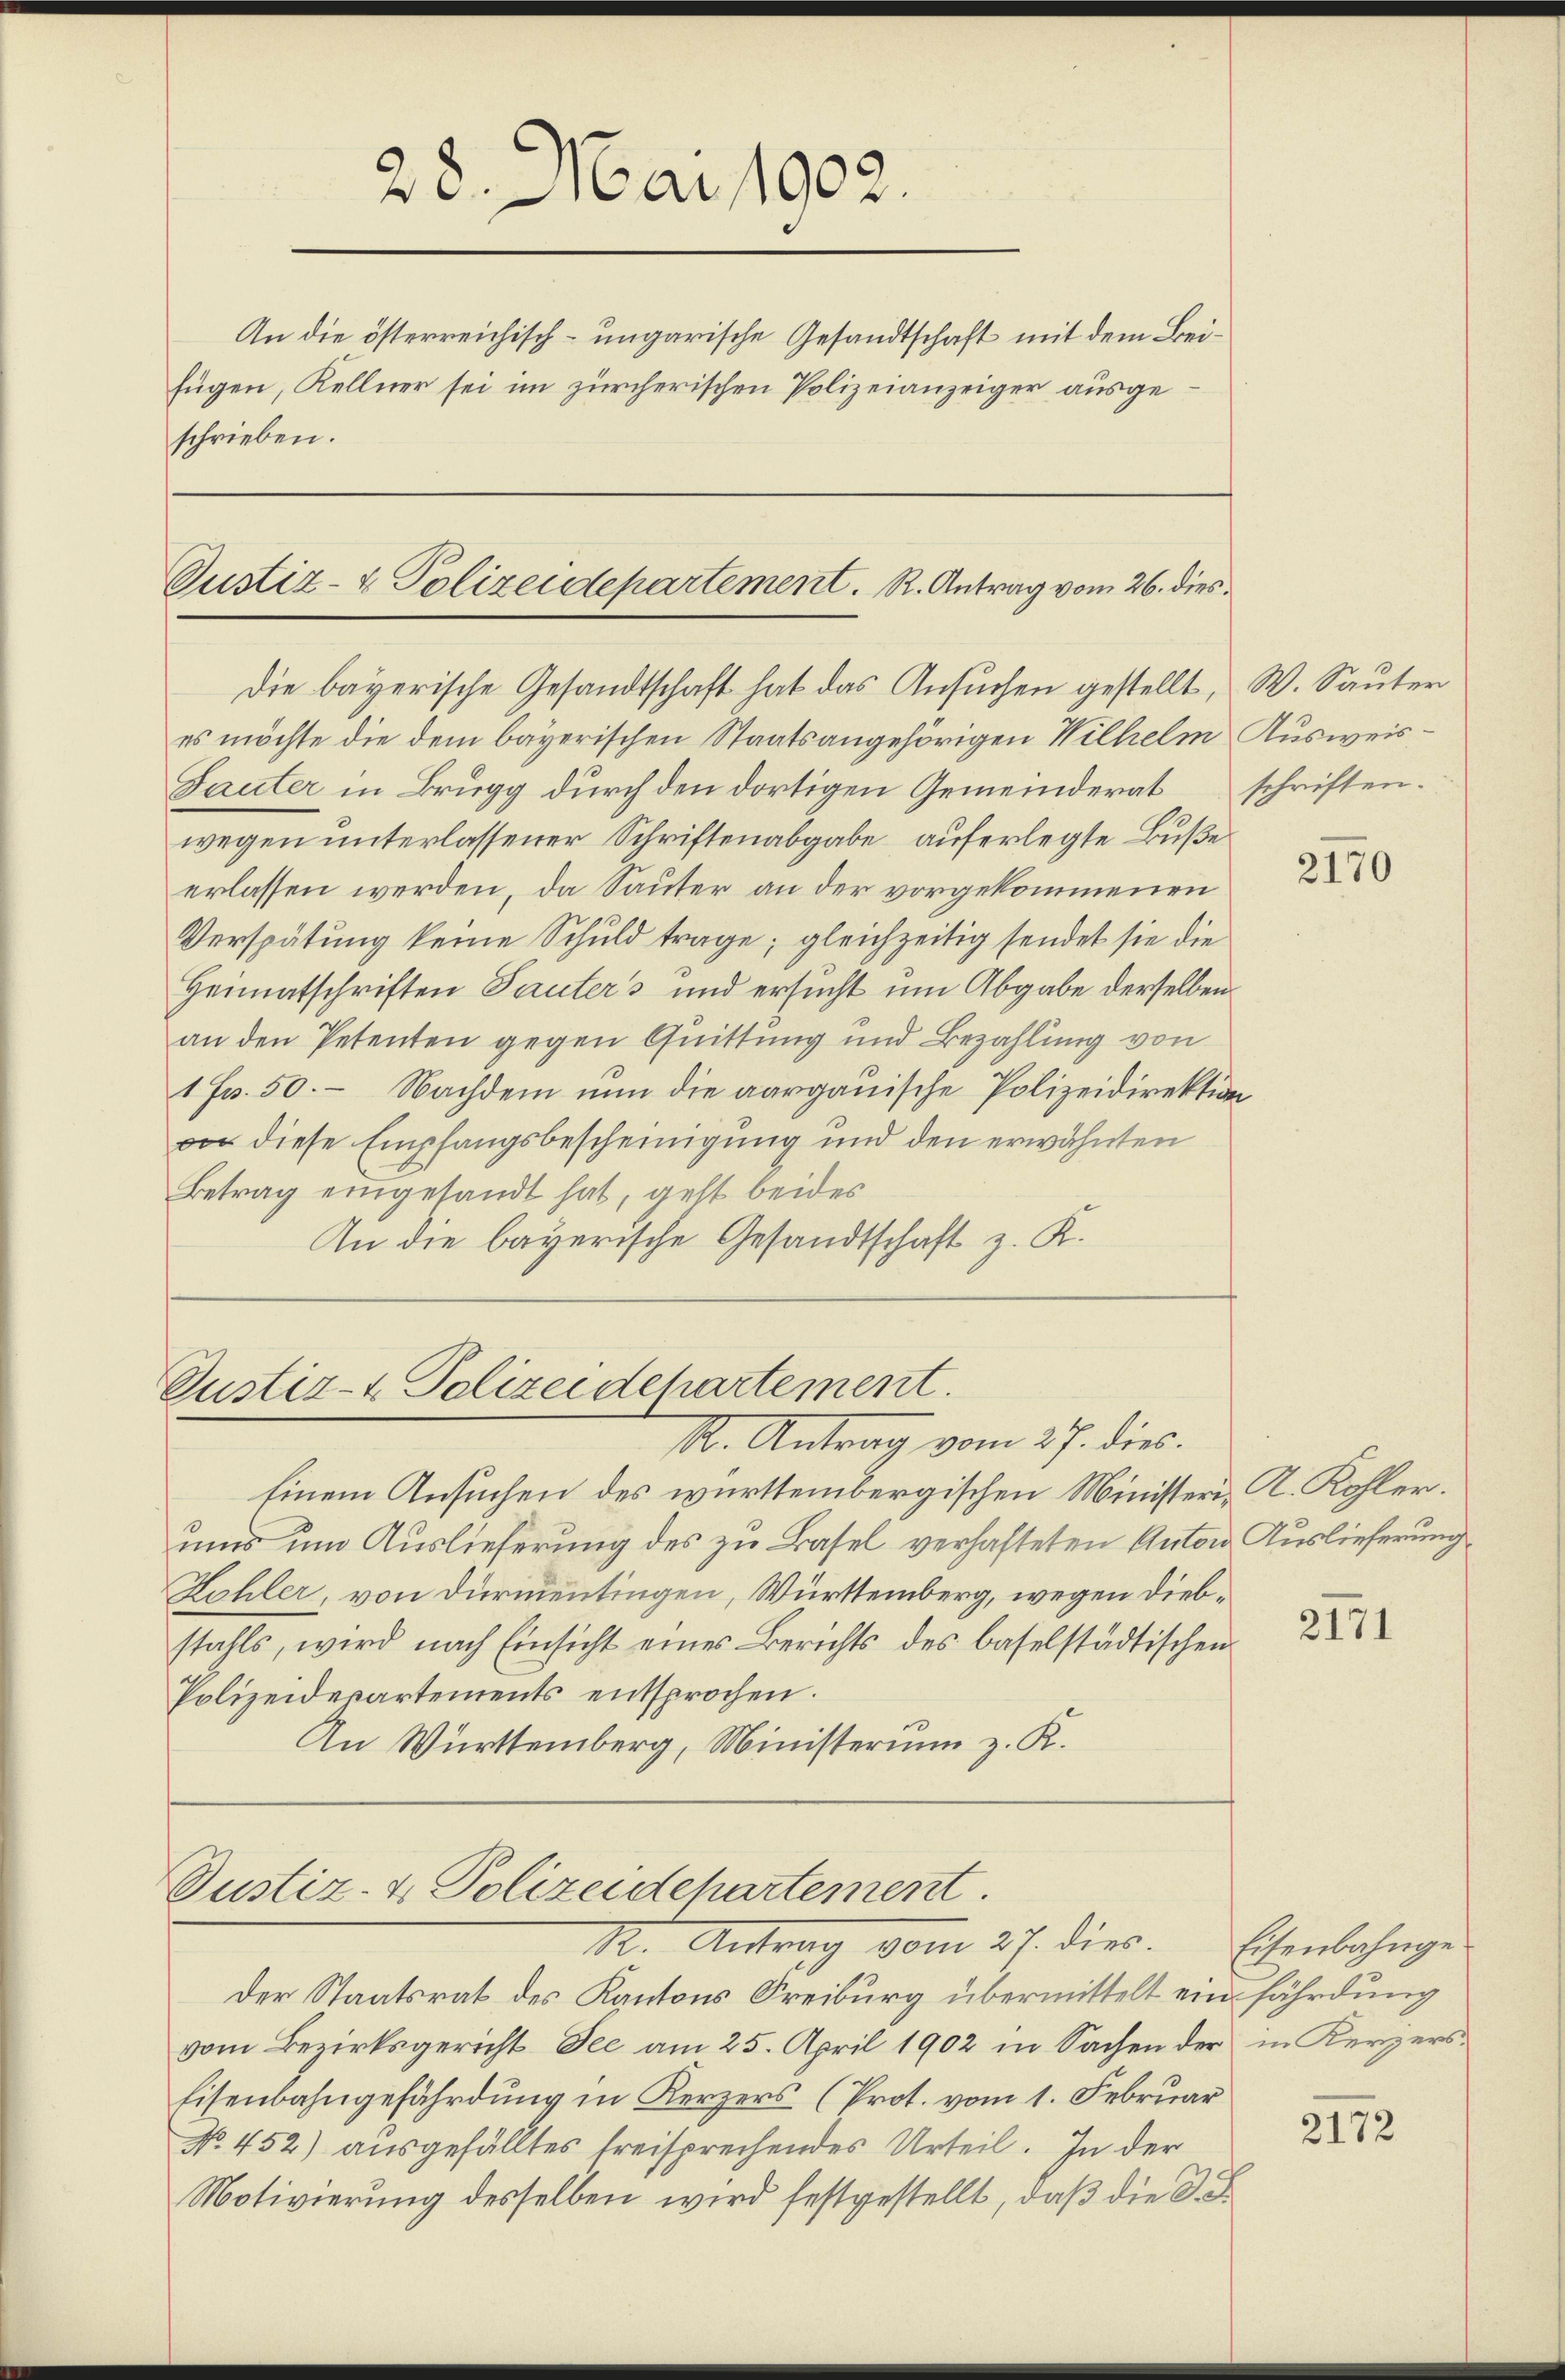
28. Mai 1902.

An die österreichisch-ungarische Gesandtschaft mit dem Beifügen, Kellner sei im zürcherischen Polizeianzeiger ausgeschrieben.

Die bayerische Gesandtschaft hat das Ansuchen gestellt, W. Sauter
es möchte die dem bayerischen Staatsangehörigen Wilhelm Ausweis¬
Tauter in Brugg durch den dortigen Gemeinderat schriften.
wegen unterlassener Schriftenabgabe auferlegte Buße
erlassen werden, da Sauter an der vorgekommenen
Verspätung keine Schuld trage; gleichzeitig sendet sie die
Heimatschriften Sauters und ersucht um Abgabe derselben
an den Petenten gegen Quittung und Bezahlung von
1 Fr. 50. Nachdem nun die aargauische Polizeidirektion
vor diese Empfangsbescheinigung und den erwähnten
Betrag eingesandt hat, geht beides
An die bayerische Gesandtschaft z. K.

M. Antrag vom 27. dies
Einem Ansuchen des württembergischen Ministeri, A. Kohler.
uns um Auslieferung des zu Basel verhafteten Anton Auslieferung
Kohler, von Dürmentingen, Württemberg, wegen Diebstahls, wird nach Einsicht eines Berichts des baselstädtischen
Polizeidepartements entsprochen.
An Württemberg, Ministerium z. K.

Justiz- & Polizeidepartement. R. Antrag vom 26. dies¬

Justiz- & Polizeidchartement.

Justiz- & Polizeidepartement.
R. Antrag vom 27. dies. Eisenbahnge

Der Staatsrat des Kantons Freiburg übermittelt ein fährdung
vom Bezirksgericht See am 25. April 1902 in Sachen der in Kerzers¬
Eisenbahngefährdung in Kerzers (Prot. vom 1. Februar
No. 452) ausgefälltes freisprechendes Urteil. In der
Motivierung desselben wird festgestellt, daß die S.

2170

2171

2172